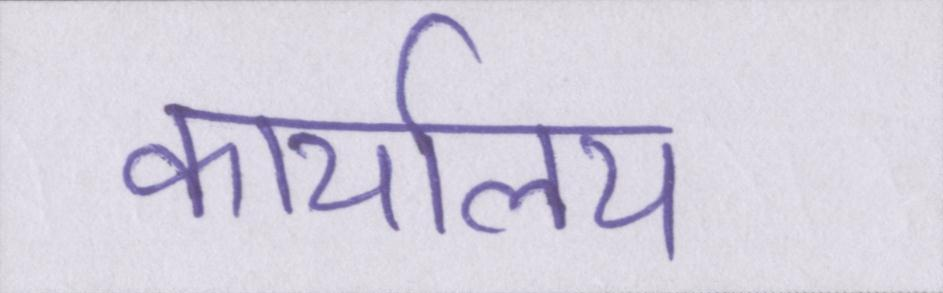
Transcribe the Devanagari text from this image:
कार्यालय